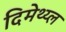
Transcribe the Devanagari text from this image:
दिमेथ्य्ल